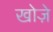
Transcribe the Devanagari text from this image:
खोज़े